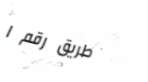
طريق رقم ١